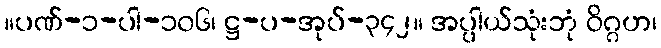
။ပဏ်-၁-ပါ-၁၀၆၊ ဋ္ဌ-ပ-အုပ်-၃၄၂။ အပ္ပါယ်သုံးဘုံ ဝိဂ္ဂဟ၊